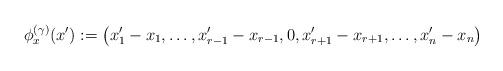
LaTeX: \begin{align*} \phi^{(\gamma)}_x(x') := \left(x'_1 - x_1, \dots, x'_{r - 1} - x_{r - 1}, 0, x'_{r + 1} - x_{r + 1}, \dots, x'_n - x_n\right) \end{align*}